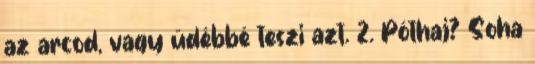
az arcod, vagy üdébbé teszi azt. 2. Póthaj? Soha